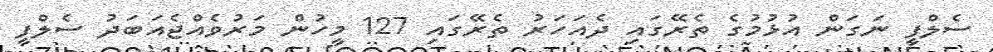
ސެލްފީ ނަގަން އުޅުމުގެ ތެރޭގައި ދެއަހަރު ތެރޭގައި 127 މީހުން މަރުވެއްޖެއަބަދު ސެލްފީ